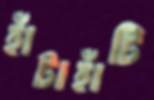
হাঁটাহাঁটি